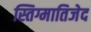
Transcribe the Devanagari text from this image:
स्तिग्मातिजेद